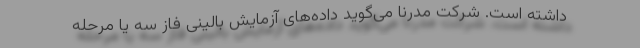
داشته است. شرکت مدرنا می‌گوید داده‌های آزمایش بالینی فاز سه یا مرحله